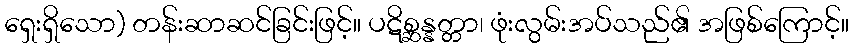
ရှေးရှိသော) တန်းဆာဆင်ခြင်းဖြင့်။ ပဋိစ္ဆန္နတ္တာ၊ ဖုံးလွမ်းအပ်သည်၏ အဖြစ်ကြောင့်။